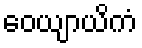
ဝေယျာယိကံ